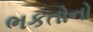
ભકતોનો